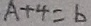
A + 4 = 6